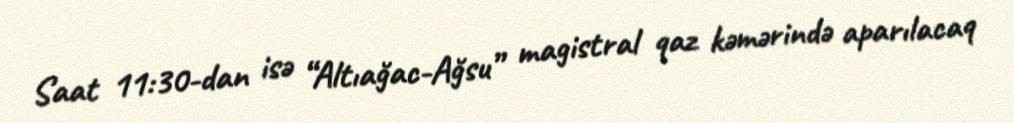
Saat 11:30-dan isə “Altıağac-Ağsu” magistral qaz kəmərində aparılacaq